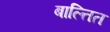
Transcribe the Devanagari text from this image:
बाल्तित